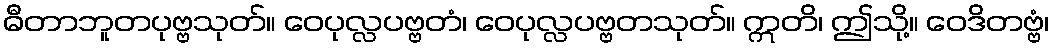
ဓီတာဘူတပုဗ္ဗသုတ်။ ဝေပုလ္လပဗ္ဗတံ၊ ဝေပုလ္လပဗ္ဗတသုတ်။ ဣတိ၊ ဤသို့။ ဝေဒိတဗ္ဗံ၊